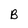
Character: B